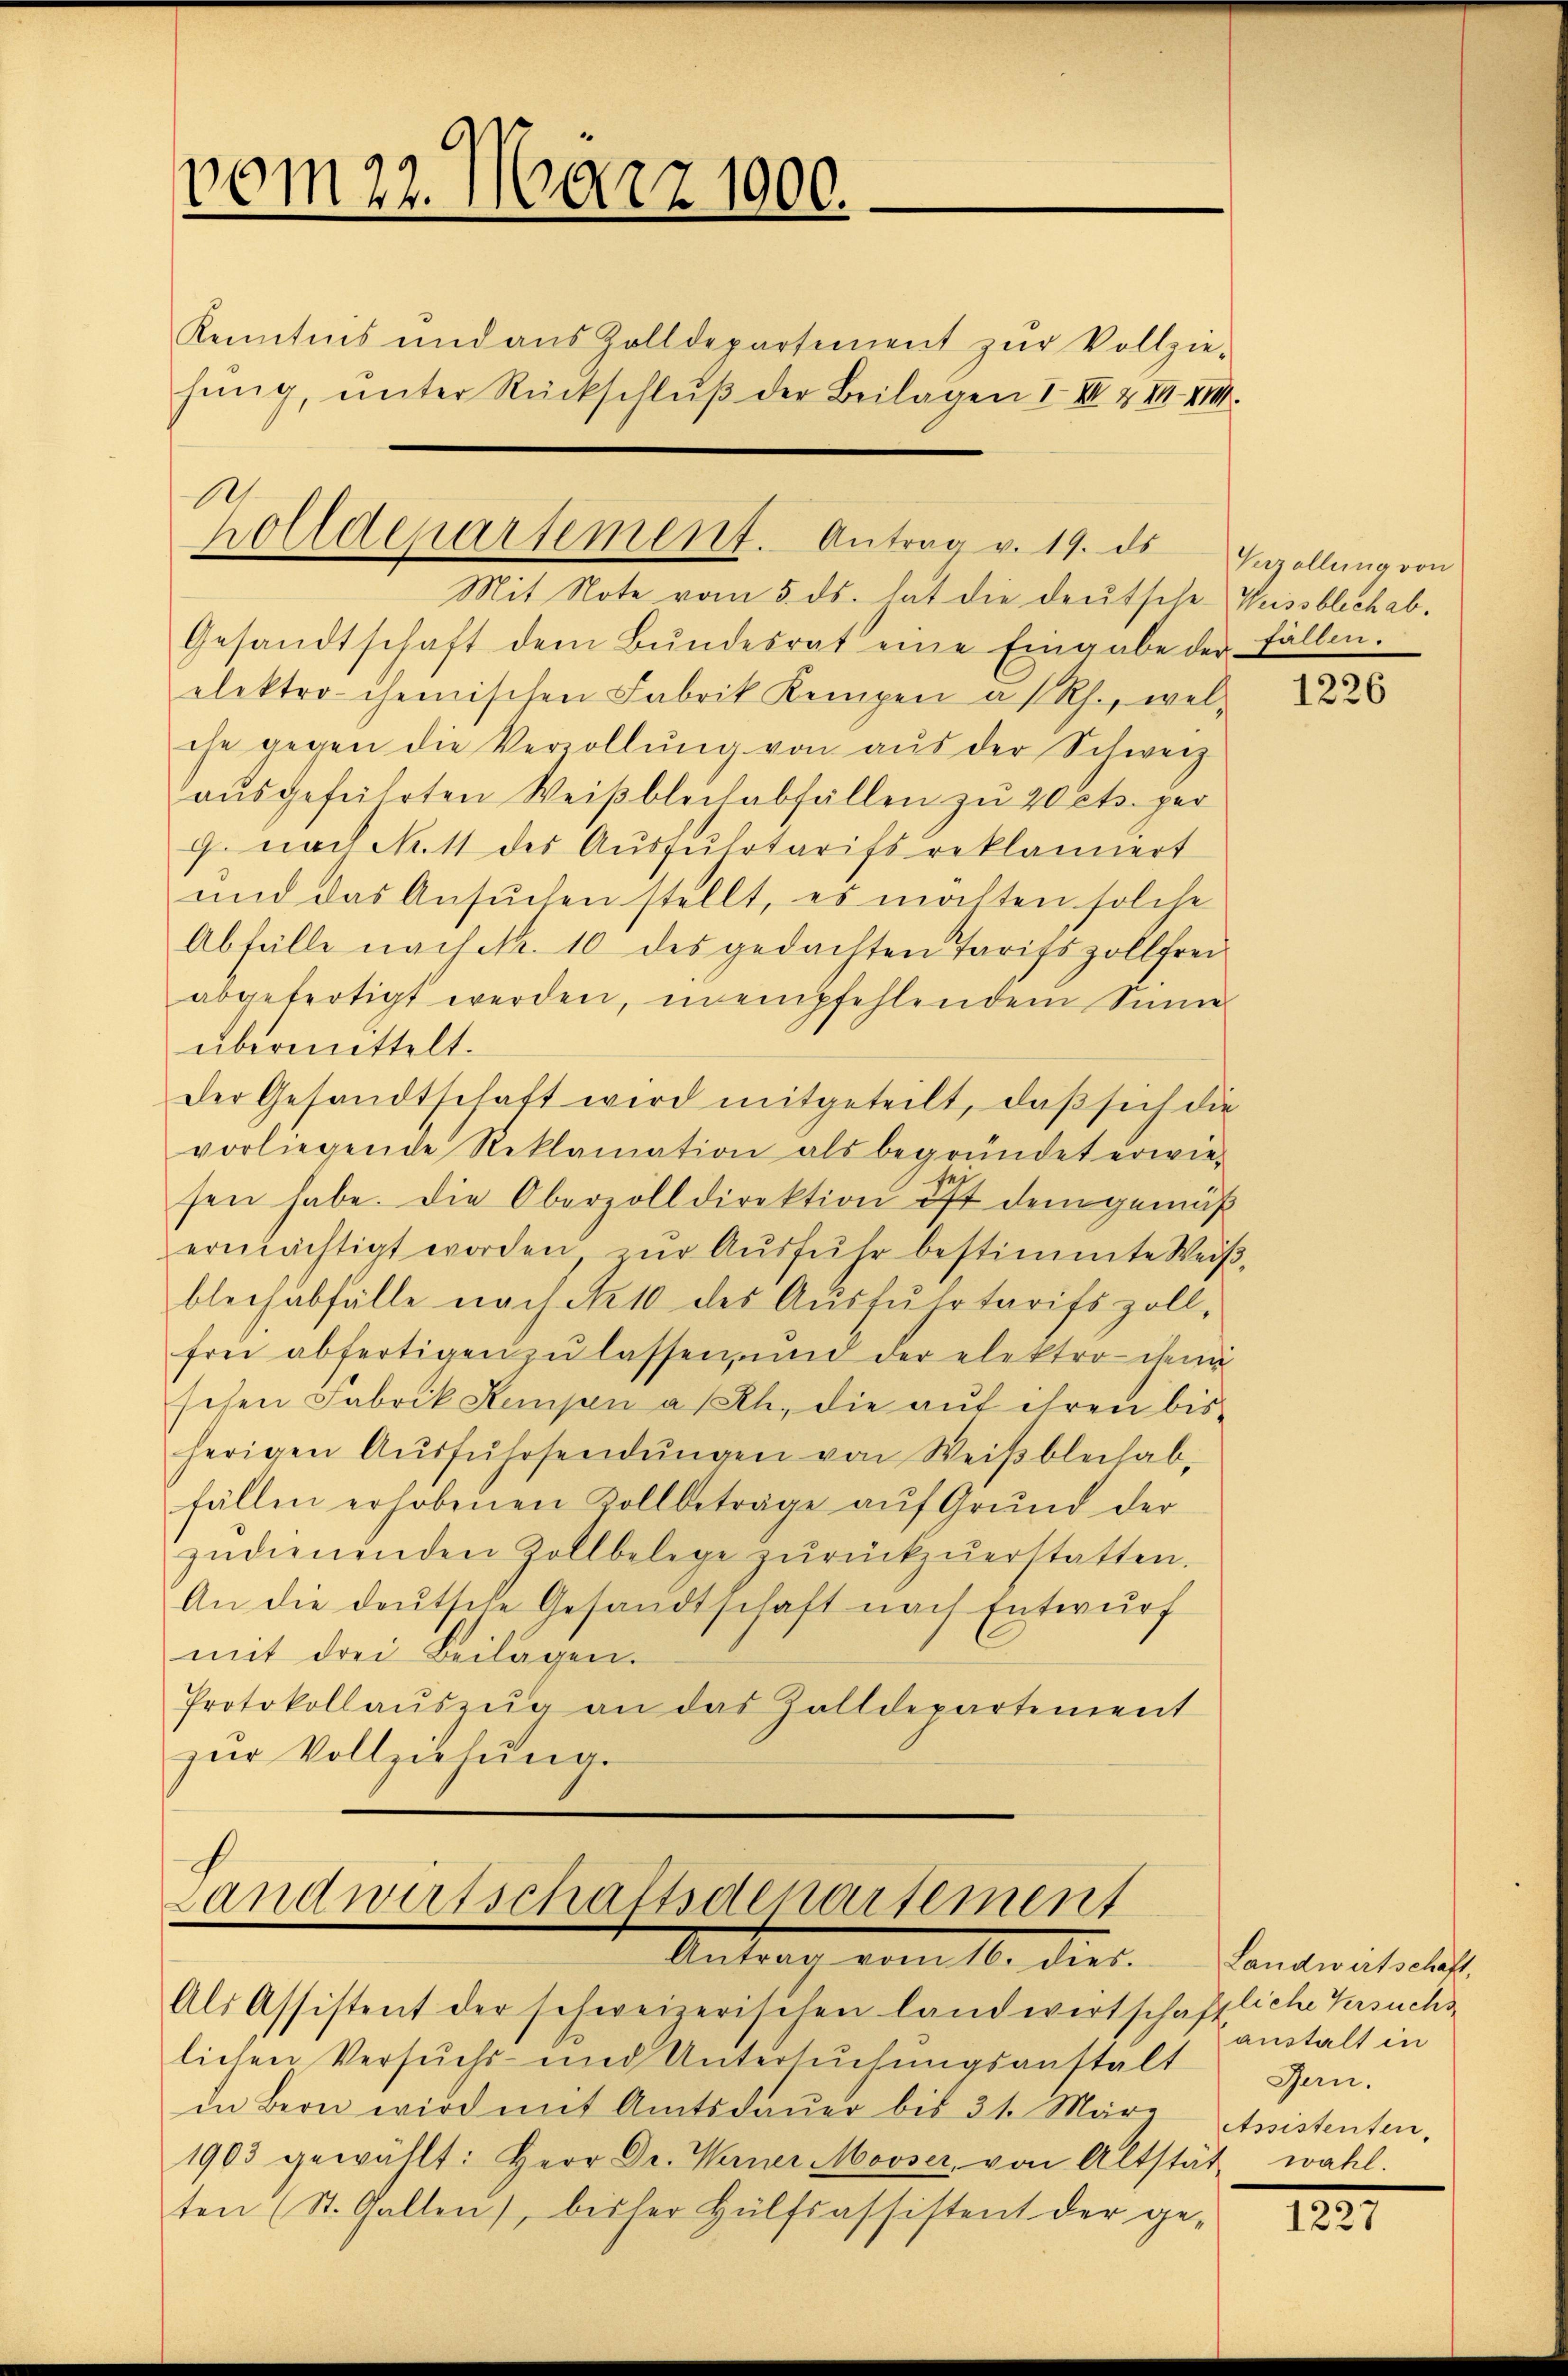
vom 22. März 1900.
.
Kenntnis und aus Zolldepartement zŭr Vollzie-
hing, unter Rückschluß der Beilagen I. III. & III. XIII.

A.
holldepartement. Antrag v. 19. ds Engellŭng von

Mit Note vom 5. ds. hat die deutsche Weissblich ab.
Gesandtschaft dem Bŭndesrat eine Eingabe der Fällen.
elektro-chemischen Fabrik Kempen a/Rh., wel-
che gegen die Verzollŭng von aŭs der Schweiz
aŭsgeführten Weiβblechabfällen zu 20 cts. per
g. nach No 11 des Ausfuhrtarifs reklamiert
ŭnd das Ansŭchen stellt, es möchten solche
Abfülle nach Nr. 10 des gedachten Tarigszollfrei
abgefertigt werden, in empfehlendem Sinne
übermittelt.
der Gesandtschaft wird mitgeteilt, daβ sich die
vorliegende Reklamation als begründet erwiesen habe. Die Oberzolldirektion ist demgemäß
ermächtigt worden zŭr Aŭsführ bestimmte Weiβ,
blechabfälle nach No 10 des Ausfuhrtarifs zoll,
frei abfertigen zu lassen, und der elektro den
schen Fabrik Kompen a/Rh. die auf ihren bis
herigen Aŭsfŭhrsendŭngen von Weiβbleihab-
fällen erhobenen Vollbeträge auf Grund der
zudienenden Zollbelege zurückzuerstatten,
An die deutsche Gesandtschaft nach Entwurf
mit drei Beilagen.
Protokollaŭszŭg an das Zolldepartement
zŭr Vollziehŭng.

Landwirtschaftsdenartement
Antrag vom 16. dies
Als Assistent der schweizerischen landwirtschaftliche Versuchs

lichen Versŭchs- und Untersŭchŭngsanstalt Han-
in Bern wird mit Amtsdaŭer bis 31. März Assistenten,
1903 gewählt: Herr Dr. Warner Mooser, von Altstät wahl.
ten (St. Gallen, bisher Hülfsassistent der ge-

1226

Landwirtschaft,
austalt in

1227